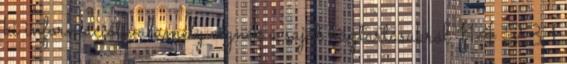
ki információt valamely cégnek a saját háztartásukról 114 23,1